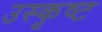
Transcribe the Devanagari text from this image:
उस्कृष्ट